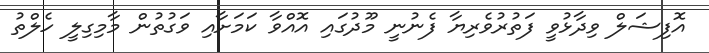
އޮފިޝަލް ވިދާޅުވީ ފަތުރުވެރިޔާ ފެނުނީ މޫދުގައި އޮއްވާ ކަމަށާއި ވަގުތުން މާމިގިލީ ހެލްތު